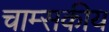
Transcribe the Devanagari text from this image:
चाम्सकीय